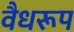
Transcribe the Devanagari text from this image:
वैधरूप